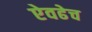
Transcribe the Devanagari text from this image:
ऐवढेच